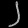
Digit: ၂